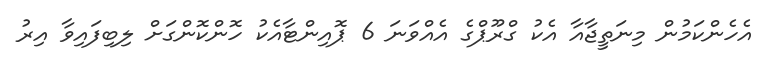
އެހެންކަމުން މިނަތީޖާއާ އެކު ގްރޫޕްގެ އެއްވަނަ 6 ޕޮއިންޓާއެކު ހޮންކޮންގަށް ލިބިފައިވާ އިރު